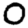
Digit: 0